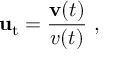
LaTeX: \mathbf { u } _ { \mathrm { t } } = { \frac { \mathbf { v } ( t ) } { v ( t ) } } \ ,